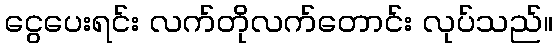
ငွေပေးရင်း လက်တိုလက်တောင်း လုပ်သည်။